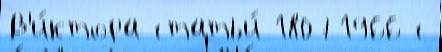
В'и́ктора статьи́ 18071966 с